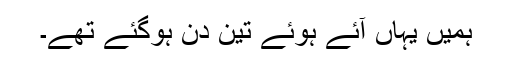
ہمیں یہاں آئے ہوئے تین دن ہوگئے تھے۔